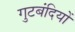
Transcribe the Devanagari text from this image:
गुटबंदियों